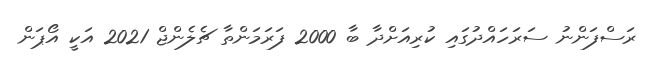
ރަސްފަންނު ސަރަހައްދުގައި ކުރިއަށްދާ ބާ 2000 ފަރަމަންތާ ޗެލެންޖް 2021 އަކީ އޯޕަން